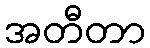
အတီတာ